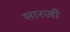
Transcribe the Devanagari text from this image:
सारजी